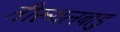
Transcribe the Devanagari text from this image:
तीरूवलबाडु